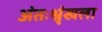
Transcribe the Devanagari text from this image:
अंतःश्रृंखला